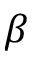
\beta